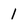
Character: 1